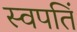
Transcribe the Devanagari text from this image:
स्वपतिं